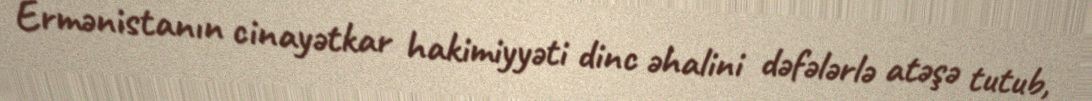
Ermənistanın cinayətkar hakimiyyəti dinc əhalini dəfələrlə atəşə tutub,